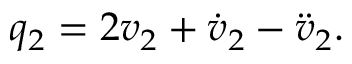
\begin{array} { r } { q _ { 2 } = 2 v _ { 2 } + \dot { v } _ { 2 } - \ddot { v } _ { 2 } . } \end{array}